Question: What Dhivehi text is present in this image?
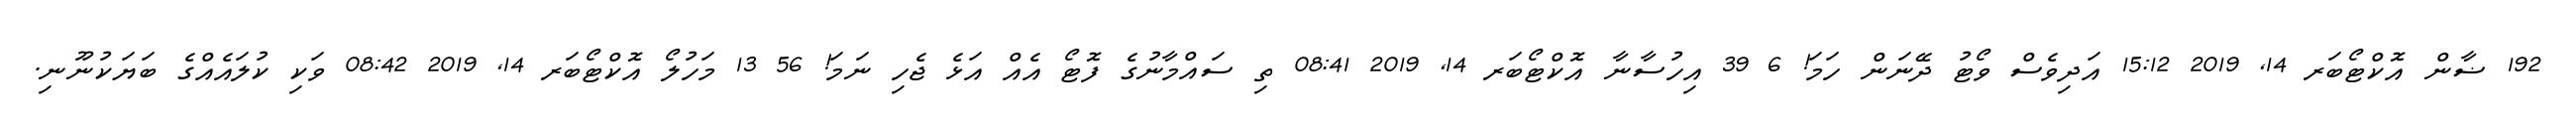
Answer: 192 ޟާން އޮކްޓޯބަރ 14, 2019 15:12 އަދިވެސް ވޯޓު ދޭނަން ހަމަ! 6 39 އިހުސާނާ އޮކްޓޯބަރ 14, 2019 08:41 ތި ސައްމާނުގެ ފޮޓޯ އެއް އަޅެ ޖެހި ނަމަ! 56 13 މަހުލޯ އޮކްޓޯބަރ 14, 2019 08:42 ވަކި ކުލައެއްގެ ބަޔަކުނޫނި.